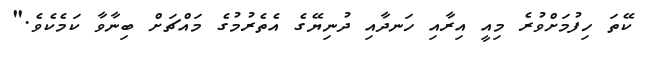
ކޭތަ ހިފުމަށްވުރެ މިއީ އިރާއި ހަނދާއި ދުނިޔޭގެ އެތެރުމުގެ މައްޗަށް ބިނާވާ ކަމެކެވެ."